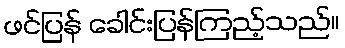
ဖင်ပြန် ခေါင်းပြန်ကြည့်သည်။